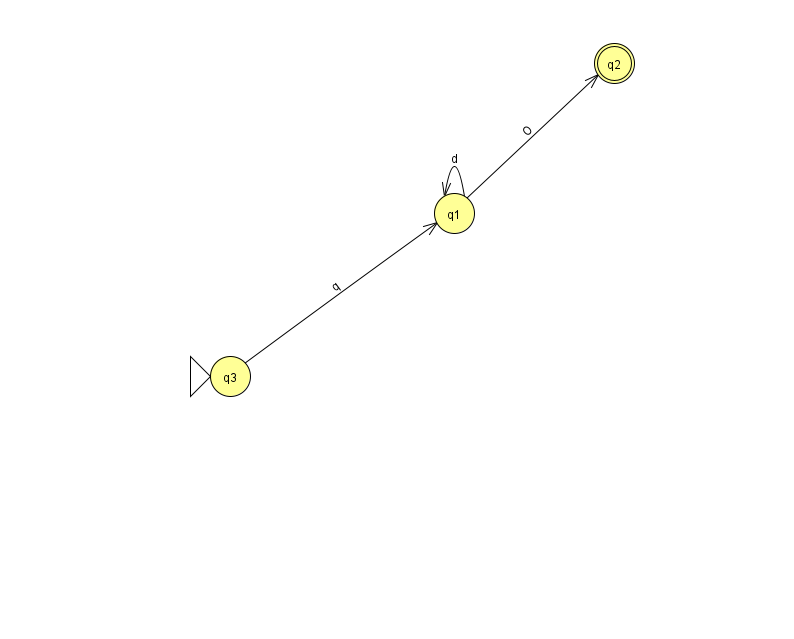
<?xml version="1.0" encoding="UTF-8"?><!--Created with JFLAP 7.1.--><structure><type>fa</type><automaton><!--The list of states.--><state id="1" name="q1"><x>454.0</x><y>200.0</y></state><state id="2" name="q2"><x>614.0</x><y>50.0</y><final/></state><state id="3" name="q3"><x>230.0</x><y>363.0</y><initial/></state><!--The list of transitions.--><transition><from>3</from><to>1</to><read>q</read></transition><transition><from>1</from><to>1</to><read>d</read></transition><transition><from>1</from><to>2</to><read>O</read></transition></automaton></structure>